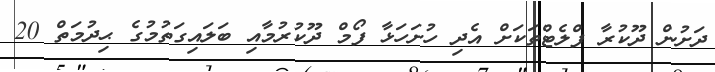
ދަށުން ދޫކުރާ ފްލެޓްތަކަށް އެދި ހުށަހަޅާ ފޯމް ދޫކުރުމާއި ބަލައިގަތުމުގެ ޙިދުމަތް 20